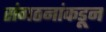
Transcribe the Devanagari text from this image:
संगठनांकडून